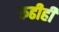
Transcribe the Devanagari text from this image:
रुढीही